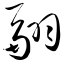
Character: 翮